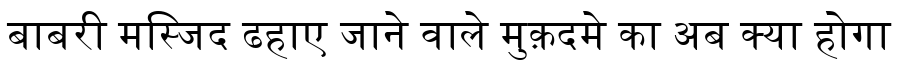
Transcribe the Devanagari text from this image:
बाबरी मस्जिद ढहाए जाने वाले मुक़दमे का अब क्या होगा